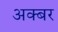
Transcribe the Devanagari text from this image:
अक्बर